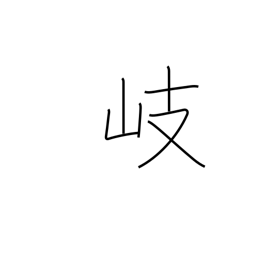
Meaning: branch off